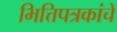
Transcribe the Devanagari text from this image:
भित्तिपत्रकांचे